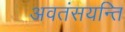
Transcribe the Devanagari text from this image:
अवतंसयन्ति